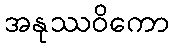
အနုဿဝိကော